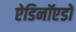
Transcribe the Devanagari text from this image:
ऐडिनॉएडों